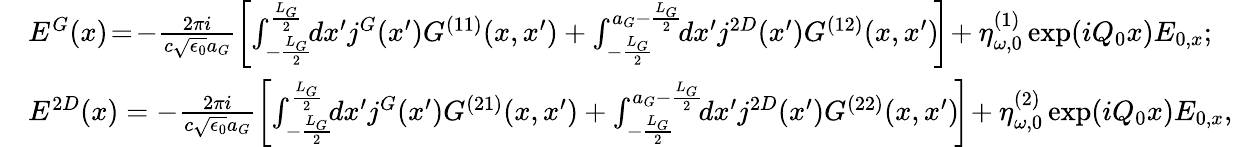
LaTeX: \begin{array}{rl}&{E^{G}(x)\! =\! -\frac{2\pi i}{c\sqrt{\epsilon_{0}}a_{G}}\left[\int_{-\frac{L_{G}}{2}}^{\frac{L_{G}}{2}}\! \! dx^{\prime}j^{G}(x^{\prime})G^{(11)}(x,x^{\prime})\right.+\left.\int_{-\frac{L_{G}}{2}}^{a_{G}-\frac{L_{G}}{2}}\! \! dx^{\prime}j^{2D}(x^{\prime})G^{(12)}(x,x^{\prime})\! \right]\! +\eta_{\omega,0}^{(1)}\exp(iQ_{0}x)E_{0,x};}\\ &{E^{2D}(x)=-\frac{2\pi i}{c\sqrt{\epsilon_{0}}a_{G}}\left[\int_{-\frac{L_{G}}{2}}^{\frac{L_{G}}{2}}\! \! dx^{\prime}j^{G}(x^{\prime})G^{(21)}(x,x^{\prime})\right.+\left.\int_{-\frac{L_{G}}{2}}^{a_{G}-\frac{L_{G}}{2}}\! \! dx^{\prime}j^{2D}(x^{\prime})G^{(22)}(x,x^{\prime})\! \right]\! +\eta_{\omega,0}^{(2)}\exp(iQ_{0}x)E_{0,x},}\end{array}